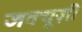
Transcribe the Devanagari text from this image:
जक्यूज़ी